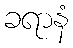
ခရာနံ